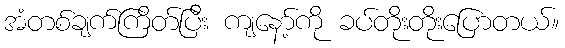
အံတစ်ချက်ကြိတ်ပြီး ကျနော့်ကို ခပ်တိုးတိုးပြောတယ်။